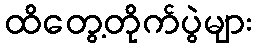
ထိတွေ့တိုက်ပွဲများ